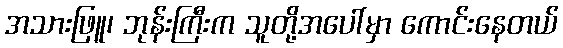
အသားဖြူ၊ ဘုန်းကြီးက သူတို့အပေါ်မှာ ကောင်းနေတယ်